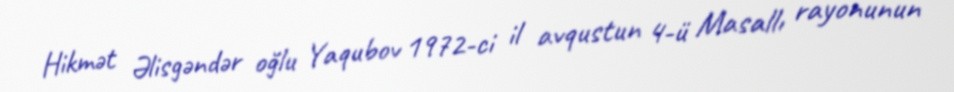
Hikmət Əlisgəndər oğlu Yaqubov 1972-ci il avqustun 4-ü Masallı rayonunun